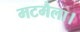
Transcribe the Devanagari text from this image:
मटमैला।